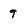
Character: 9